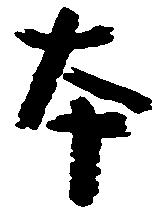
本